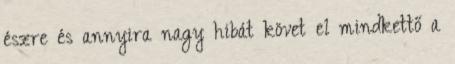
észre és annyira nagy hibát követ el mindkettő a